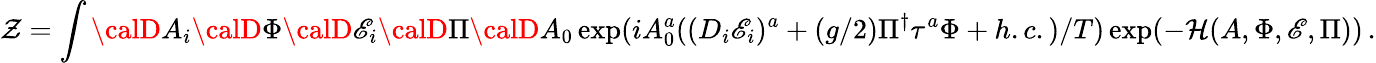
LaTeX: \mathcal{Z}=\int{\calD}A_{i}{\calD}\Phi{\calD}\mathscr{E}_{i}{\calD}\Pi{\calD}A_{0}\exp(iA_{0}^{a}((D_{i}\mathscr{E}_{i})^{a}+(g/2)\Pi^{\dagger}\tau^{a}\Phi+h.c.)/T)\exp(-\mathcal{H}(A,\Phi,\mathscr{E},\Pi))\, .